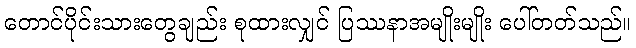
တောင်ပိုင်းသားတွေချည်း စုထားလျှင် ပြဿနာအမျိုးမျိုး ပေါ်တတ်သည်။